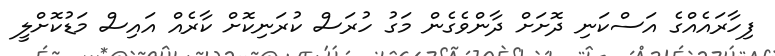
ފިހާރައެއްގެ އަސްކަނި ދޮށަށް ދާންވެގެން މަގު ހުރަސް ކުރަނިކޮށް ކާރެއް އައިސް މަޑުކޮށްލީ